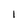
Character: I